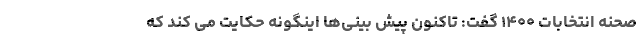
صحنه انتخابات ۱۴۰۰ گفت: تاکنون پیش بینی‌ها اینگونه حکایت می کند که